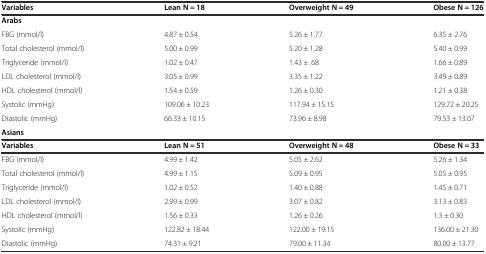
| Variables | Lean N = 18 | Overweight N = 49 | Obese N = 126 |
 | --- | --- | --- | --- |
 | <COLSPAN=4> Arabs |
 | FBG (mmol/l) | 4.87 ± 0.54 | 5.26 ± 1.77 | 6.35 ± 2.76 |
 | Total cholesterol (mmol/l) | 5.00 ± 0.99 | 5.20 ± 1.28 | 5.40 ± 0.99 |
 | Triglyceride (mmol/l) | 1.02 ± 0.47 | 1.43 ± .68 | 1.66 ± 0.89 |
 | LDL cholesterol (mmol/l) | 3.05 ± 0.99 | 3.35 ± 1.22 | 3.49 ± 0.89 |
 | HDL cholesterol (mmol/l) | 1.54 ± 0.59 | 1.26 ± 0.30 | 1.21 ± 0.38 |
 | Systolic (mmHg) | 109.06 ± 10.23 | 117.94 ± 15.15 | 129.72 ± 20.25 |
 | Diastolic (mmHg) | 66.33 ± 10.15 | 73.96 ± 8.98 | 79.53 ± 13.07 |
 | <COLSPAN=4> Asians |
 | Variables | Lean N = 51 | Overweight N = 48 | Obese N = 33 |
 | FBG (mmol/l) | 4.99 ± 1.42 | 5.05 ± 2.62 | 5.26 ± 1.34 |
 | Total cholesterol (mmol/l) | 4.99 ± 1.15 | 5.09 ± 0.95 | 5.05 ± 0.95 |
 | Triglyceride (mmol/l) | 1.02 ± 0.52 | 1.40 ± 0.88 | 1.45 ± 0.71 |
 | LDL cholesterol (mmol/l) | 2.99 ± 0.99 | 3.07 ± 0.82 | 3.13 ± 0.83 |
 | HDL cholesterol (mmol/l) | 1.56 ± 0.33 | 1.26 ± 0.26 | 1.3 ± 0.30 |
 | Systolic (mmHg) | 122.82 ± 18.44 | 122.00 ± 19.15 | 136.00 ± 21.30 |
 | Diastolic (mmHg) | 74.31 ± 9.21 | 79.00 ± 11.34 | 80.00 ± 13.77 |